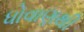
ધોવાણથી